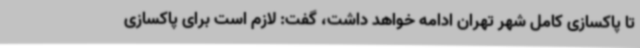
تا پاکسازی کامل شهر تهران ادامه خواهد داشت، گفت: لازم است برای پاکسازی